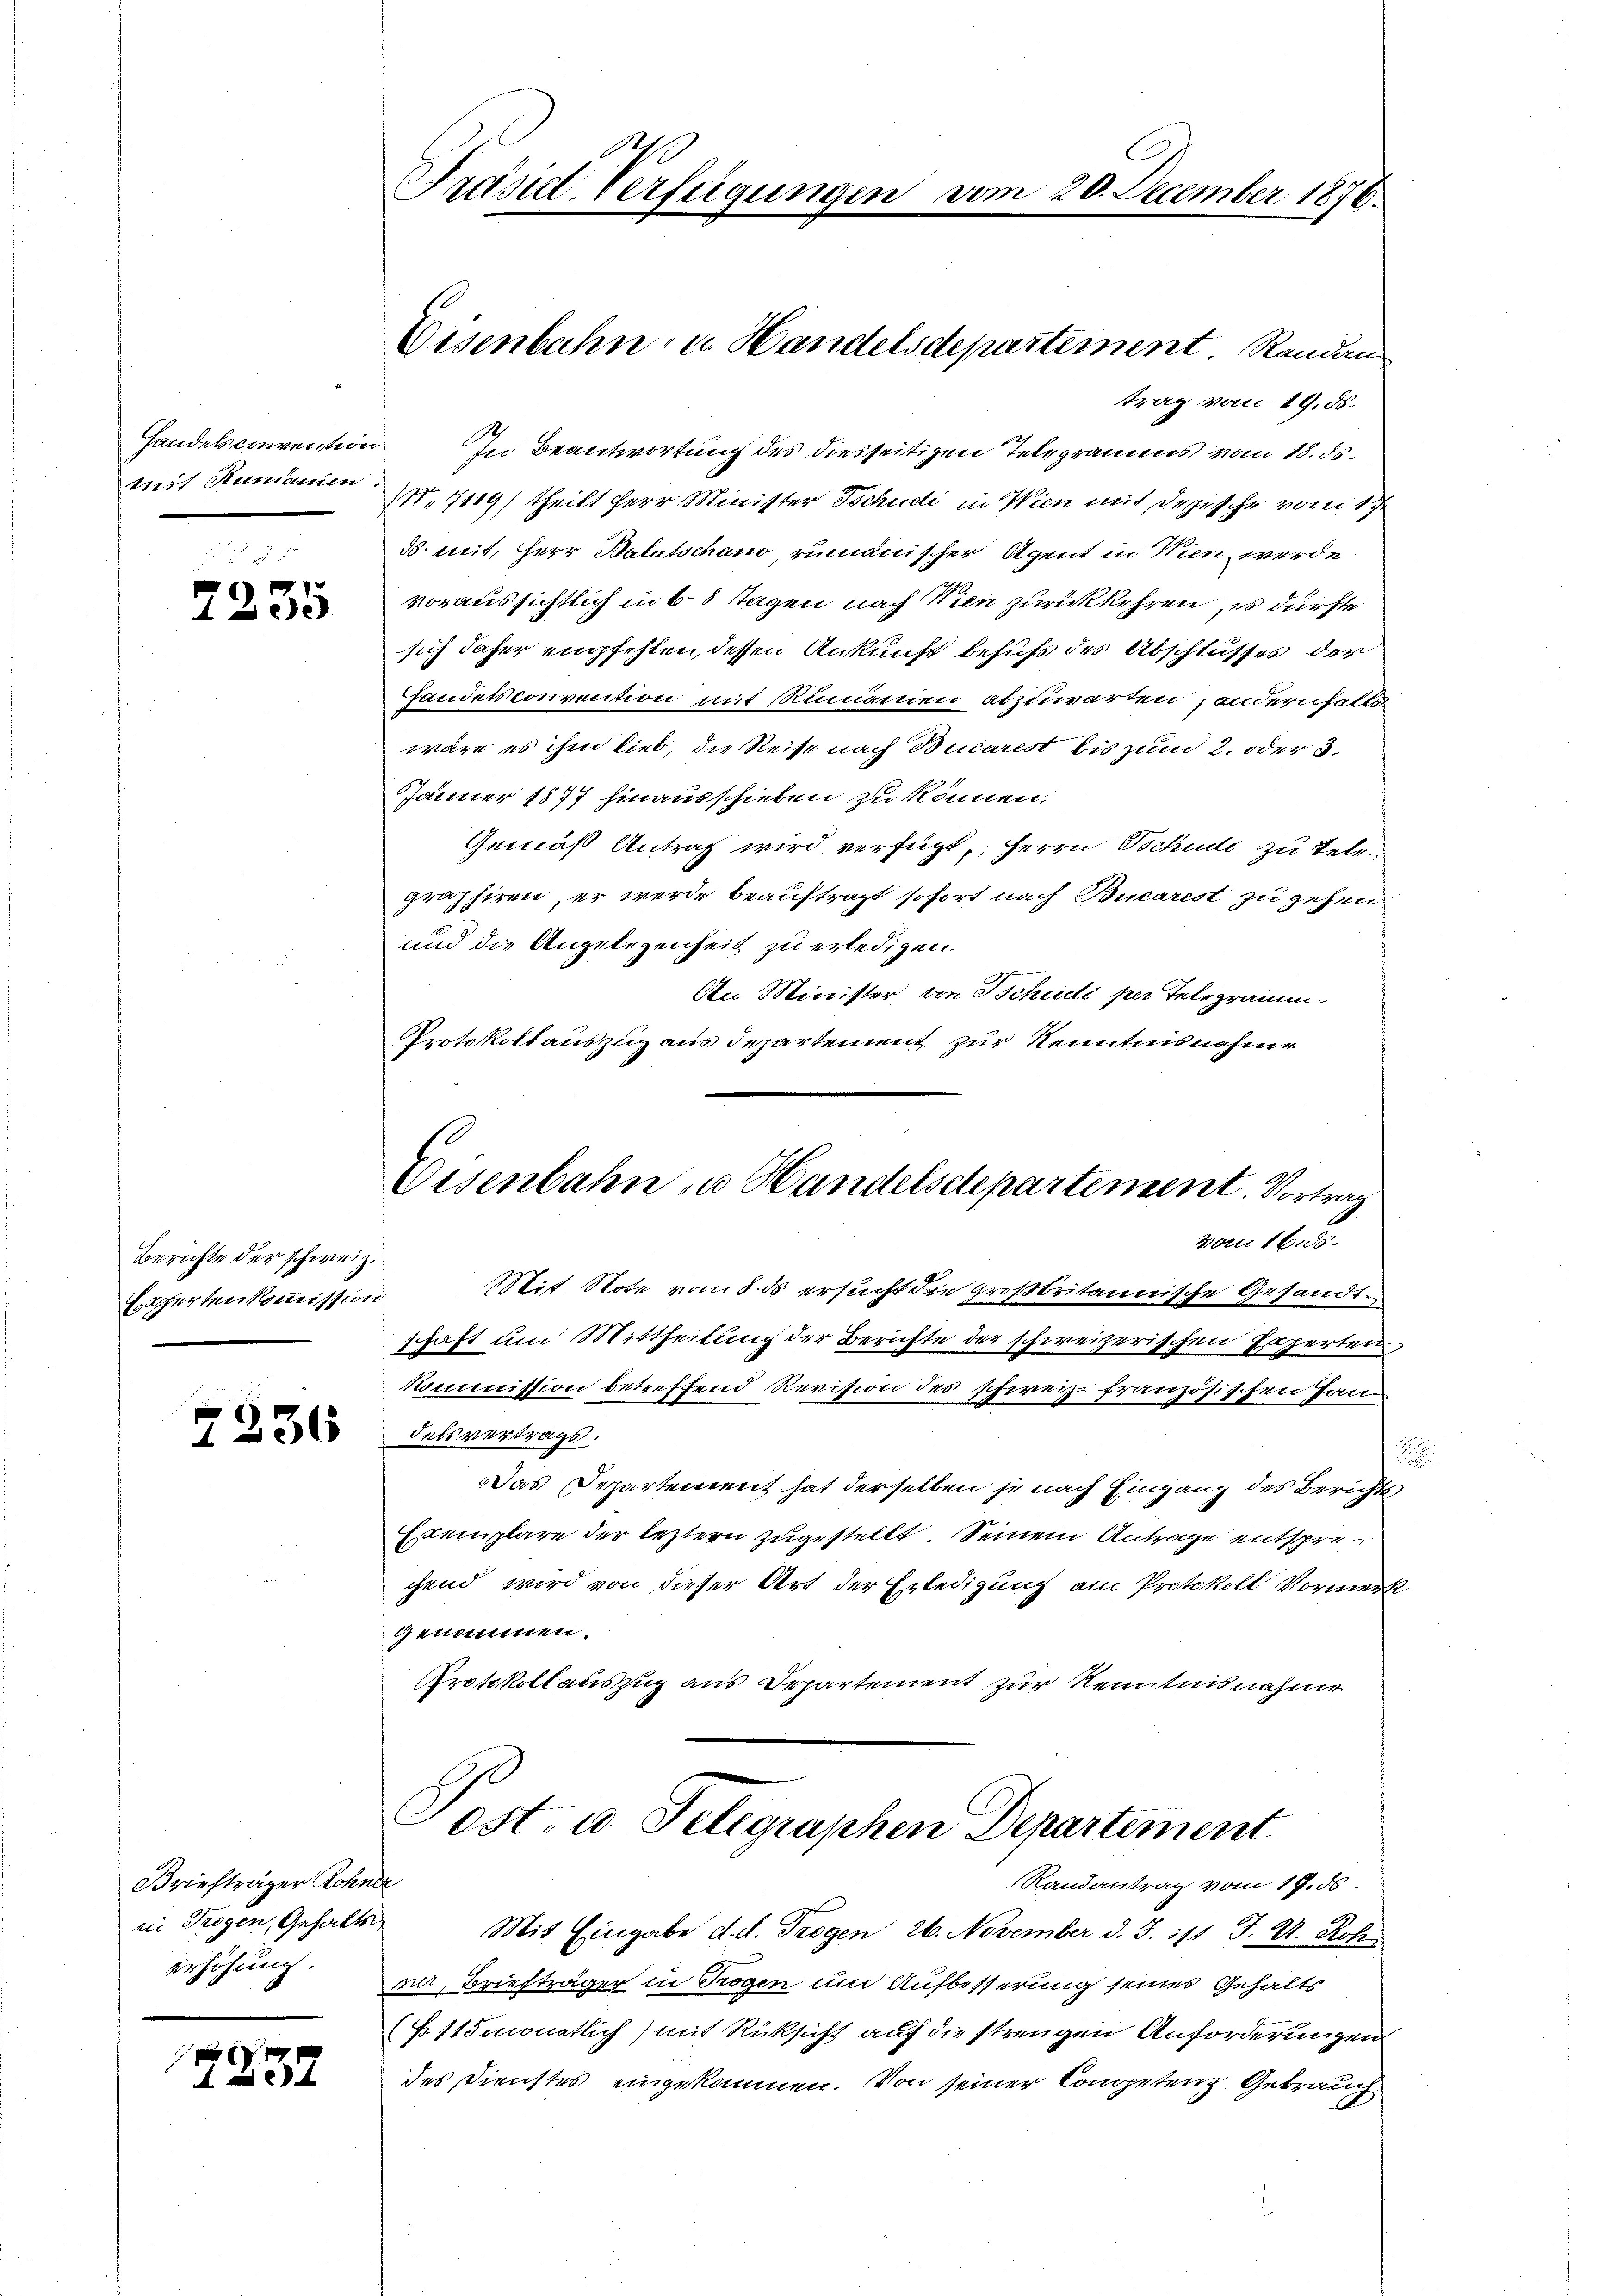
Handels convention
mit Rumanin.

7235

Berichte der schweiz.
Eschertenkommission

7236

Briefträger Rohner
in Trogen, Gehalten
erhöhung.

f

Präsid. Verfügungen.

Eisenbahn, u. Handelsdepartement. Randan

trag vom 19. ds.
 In Beantwortung des diesseitigen Telegrams vom 18. ds.
N.7119/ theilt Herr Minister Tschudi in Wien mit depesche vom 17.
ds. mit, Herr Balatschano rumänischer Agent in Wien werde
voraussichtlich in 6 3 Tagen nach Wien zurückkehren, es dürfte
sich daher empfehlen, dessen Ankunft behuf des Abschlusses der
handelsconvention mit Rumanien abzuwarten, andernfalls
wäre es ihm lieb, die Reise nach Biarest bis zum 2. oder 3.
Jänner 1877 hinausschieben zu können.
Gemäß Antrag wird verfügt, Herrn Schudi zu Telegraphiren, er werde beauftragt sofort nach Bucarest zu gehen
und die Angelegenheit zu erledigen.
An Minister von Schulli per Telegramm.
Protokoll auszug aus Departement zur Kenntnisnahme
Mit Note vom 8. ds ersucht die großbritannische Gesandtschaft um Mittheilung der Berichte der schweizerischen Experten
kommission betreffend Revision des schweiz. französischen Jan
dels vertrags.

Das Departement hat derselben je nach Eingang des Berichts
Exemplare der leztern zugestellt. Seinem Antrage entsprechend wird von dieser Art der Erledigung am Protokoll Vormerk
genommen.
Protokollauszug aus Departement zur Kenntnisnahme
Post u. Telegraphen Departement
Randantrag vom 19. ds.
Mit Eingabe d. d. Trogen 26. November d. J. 171 J. U. Rohn
nn, Briefträger in Trogen um Aufbesserung seines Gehalts
(N. 115monatlich) mit Rüksicht auf die strengen Anforderungen
des Dienstes eingekommen. Von seiner Competenz Gebrauch

20. December 1876.

Eisenbahn zu Handelsdepartement. Vortrag
vom 16. ds.